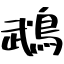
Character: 鵡